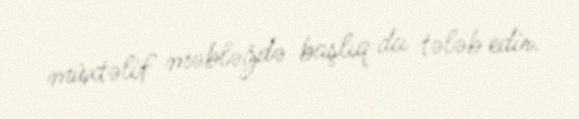
müxtəlif məbləğdə başlıq da tələb edir.